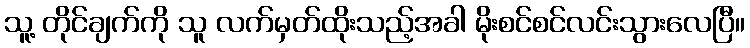
သူ့ တိုင်ချက်ကို သူ လက်မှတ်ထိုးသည့်အခါ မိုးစင်စင်လင်းသွားလေပြီ။